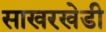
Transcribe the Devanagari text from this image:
साखरखेडी